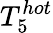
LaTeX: T_{5}^{hot}